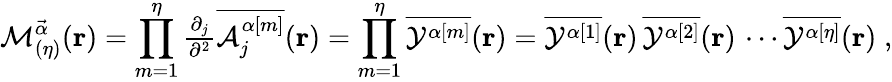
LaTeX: {\cal{M}}_{(\eta)}^{\vec{\alpha}}({\mathbf{r}})=\prod_{m=1}^{\eta}{\textstyle\frac{\partial_{j}}{\partial^{2}}\overline{{{{\cal A}_{j}^{\alpha[m]}}}}({\mathbf r})}=\prod_{m=1}^{\eta}\overline{{{{\cal Y}^{\alpha[m]}}}}({\mathbf{r}})=\overline{{{{\cal Y}^{\alpha[1]}}}}({\mathbf{r}})\, \overline{{{{\cal Y}^{\alpha[2]}}}}({\mathbf{r}})\, \cdots\overline{{{{\cal Y}^{\alpha[\eta]}}}}({\mathbf{r}})\; ,